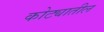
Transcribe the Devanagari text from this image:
कोट्यातील